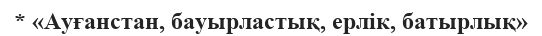
* «Ауғанстан, бауырластық, ерлік, батырлық»